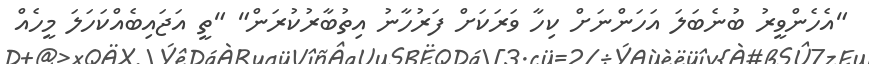
"އެހެންވީރު ބުނެބަލަ އަހަންނަށް ކިހާ ވަރަކަށް ފަރުހާނު އިތުބާރުކުރަން" "ތީ އަޖައިބެއްކަހަލަ މީހެއް